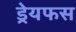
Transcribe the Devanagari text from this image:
ड्रेयफस